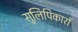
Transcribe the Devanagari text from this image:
सुलिपिकारों